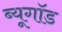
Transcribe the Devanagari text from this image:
ब्यूगॉड